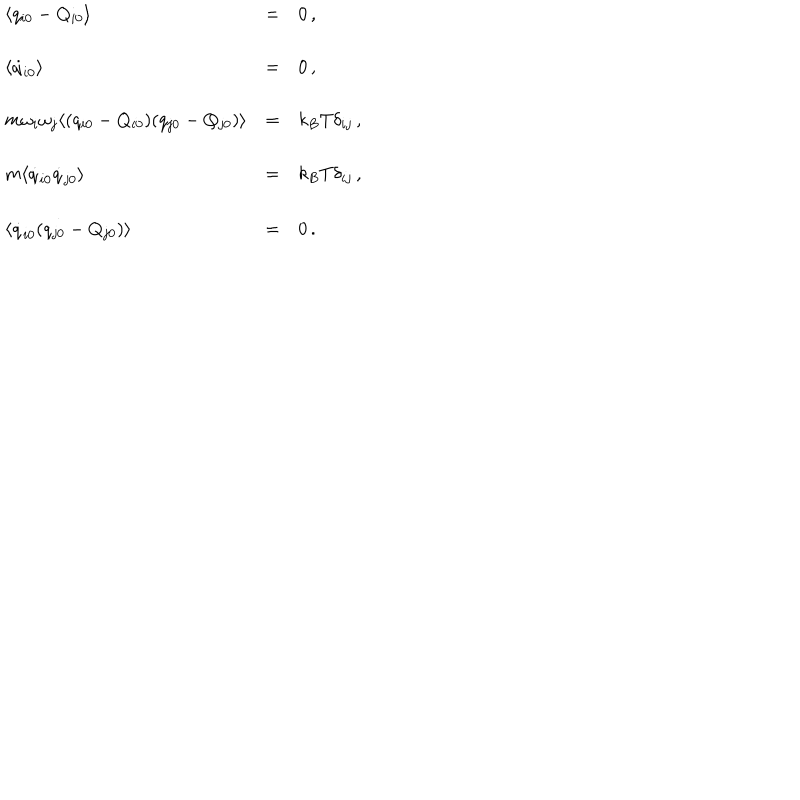
\begin{array} { l l l } { { \langle q _ { i 0 } - Q _ { i 0 } \rangle } } & { { = } } & { { 0 \, , } } \\ { { } } & { { } } & { { } } \\ { { \langle \dot { q } _ { i 0 } \rangle } } & { { = } } & { { 0 \, , } } \\ { { } } & { { } } & { { } } \\ { { m \omega _ { i } \omega _ { j } \langle ( q _ { i 0 } - Q _ { i 0 } ) ( q _ { j 0 } - Q _ { j 0 } ) \rangle } } & { { = } } & { { k _ { B } T \delta _ { i j } \, , } } \\ { { } } & { { } } & { { } } \\ { { m \langle \dot { q } _ { i 0 } \dot { q } _ { j 0 } \rangle } } & { { = } } & { { k _ { B } T \delta _ { i j } \, , } } \\ { { } } & { { } } & { { } } \\ { { \langle \dot { q } _ { i 0 } ( q _ { j 0 } - Q _ { j 0 } ) \rangle } } & { { = } } & { { 0 \, . } } \\ \end{array}